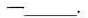
─___.